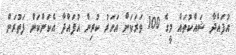
އުފައްދާ ޝައްކުތައް މީގެ 100 ވަރަކަށް އަހަރު ކުރިން އުފައްދާ އެކަންކަން ފަތުރަން